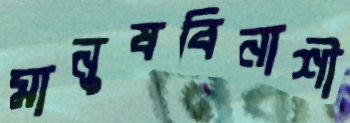
মানুষবিনাশী